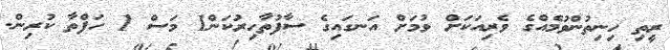
ރީތި ހިނިތުންވުމެއްގެ ވެރިއަކަށް ވުމަށް އަނގައިގެ ސާފުތާހިރުކަން1 މަސް 1 ހަފްތާ ކުރިން.